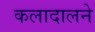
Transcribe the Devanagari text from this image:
कलादालने